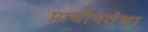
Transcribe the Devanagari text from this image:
प्राचीनतेचा